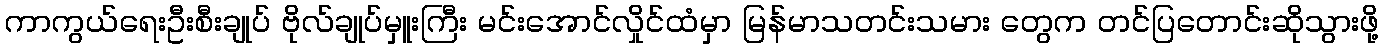
ကာကွယ်ရေးဦးစီးချုပ် ဗိုလ်ချုပ်မှူးကြီး မင်းအောင်လှိုင်ထံမှာ မြန်မာသတင်းသမား တွေက တင်ပြတောင်းဆိုသွားဖို့